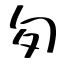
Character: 匇